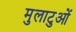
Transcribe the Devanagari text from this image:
मुलाटुओं